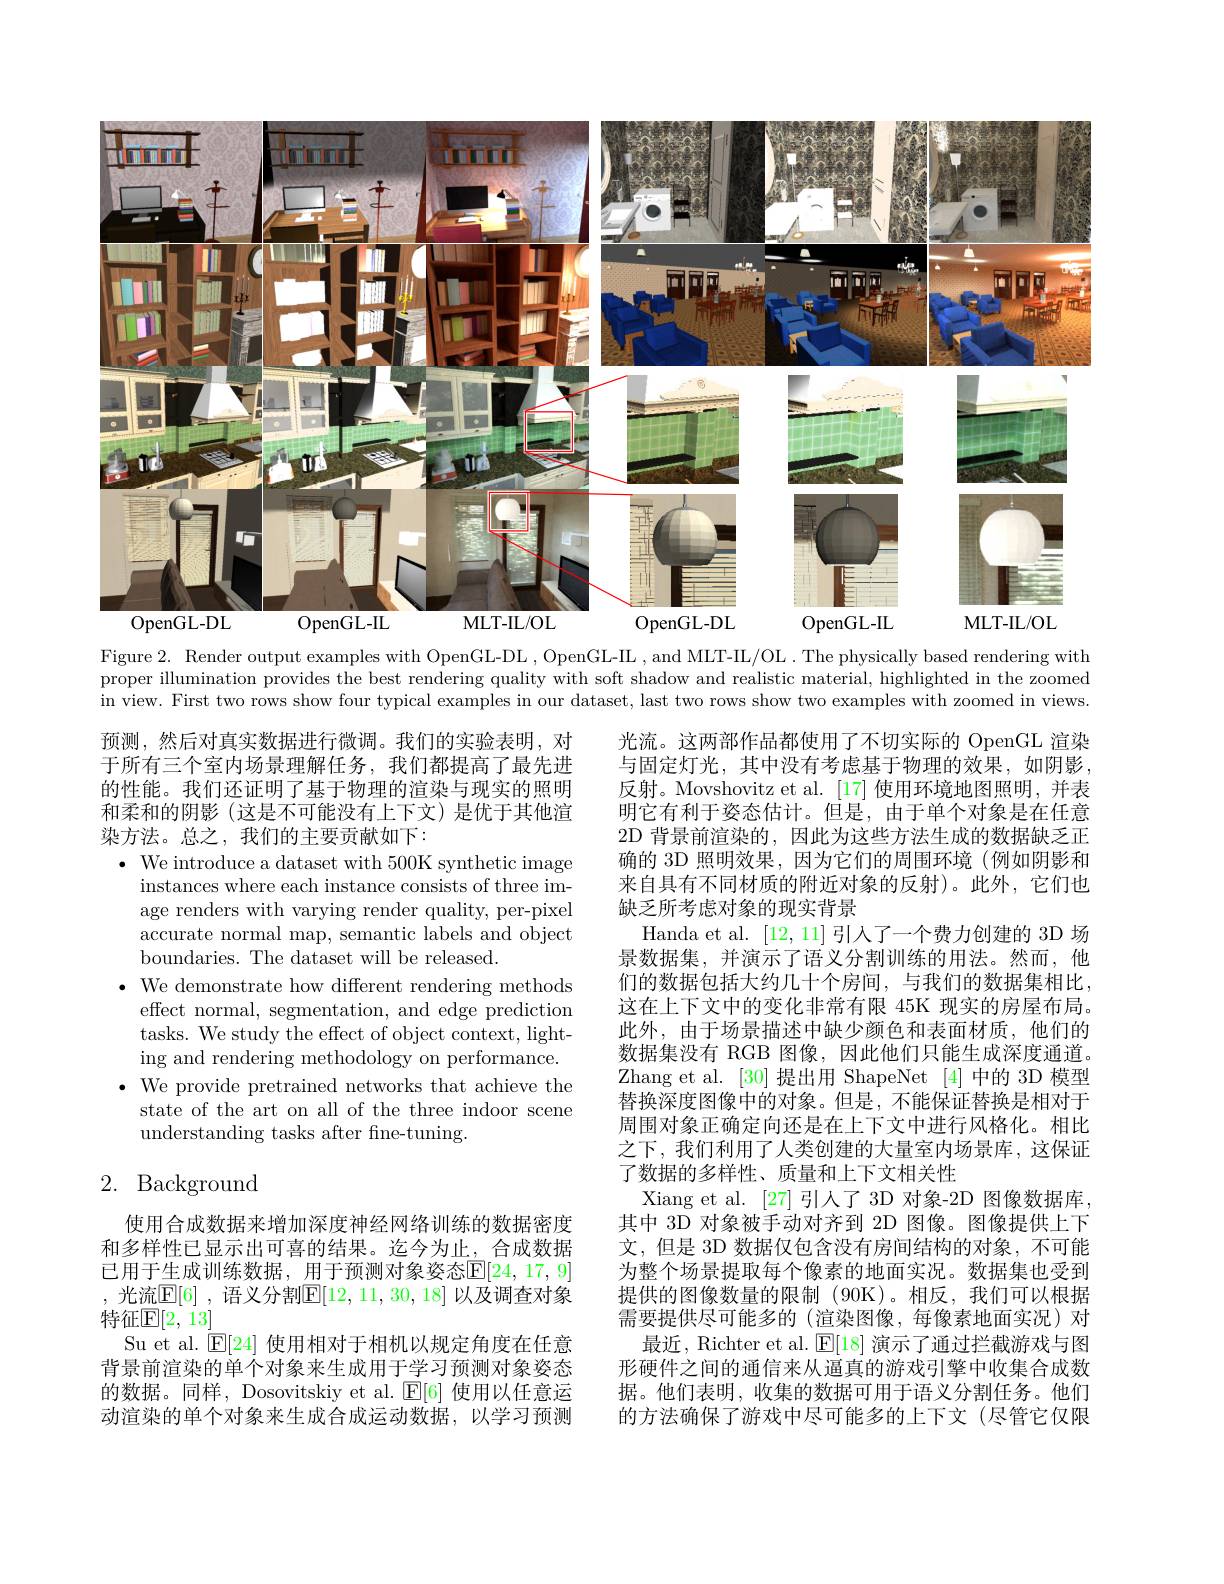
<FigureHere>

Figure 2. Render output examples with OpenGL-DL , OpenGL-IL , and MLT-IL/OL . The physically based rendering with proper illumination provides the best rendering quality with soft shadow and realistic material, highlighted in the zoomed in view. First two rows show four typical examples in our dataset, last two rows show two examples with zoomed in views.

预测，然后对真实数据进行微调。我们的实验表明，对于所有三个室内场景理解任务，我们都提高了最先进的性能。我们还证明了基于物理的渲染与现实的照明和柔和的阴影(这是不可能没有上下文)是优于其他渲染方法。总之，我们的主要贡献如下：
$\bullet$ We introduce a dataset with 500K synthetic image
instances where each instance consists of three image renders with varying render quality, per-pixel accurate normal map, semantic labels and object boundaries. The dataset will be released.
$\bullet$ We demonstrate how different rendering methods
effect normal, segmentation, and edge prediction tasks. We study the effect of object context, lighting and rendering methodology on performance.
$\bullet$ We provide pretrained networks that achieve the state of the art on all of the three indoor scene understanding tasks after fine-tuning.

光流。这两部作品都使用了不切实际的 OpenGL 渲染与固定灯光，其中没有考虑基于物理的效果，如阴影反射。Movshovitz et al.[17] 使用环境地图照明，并表明它有利于姿态估计。但是，由于单个对象是在任意2D 背景前渲染的，因此为这些方法生成的数据缺乏正确的 3D 照明效果，因为它们的周围环境(例如阴影和来自具有不同材质的附近对象的反射)。此外，它们也缺乏所考虑对象的现实背景
Handa et al. [12,11]引入了一个费力创建的 3D 场景数据集，并演示了语义分割训练的用法。然而，他们的数据包括大约几十个房间，与我们的数据集相比， 这在上下文中的变化非常有限 45K 现实的房屋布局。此外，由于场景描述中缺少颜色和表面材质，他们的数据集没有 RGB 图像，因此他们只能生成深度通道。Zhang et al. [30] 提出用 ShapeNet [4] 中的 3D 模型替换深度图像中的对象。但是，不能保证替换是相对于周围对象正确定向还是在上下文中进行风格化。相比之下，我们利用了人类创建的大量室内场景库，这保证了数据的多样性、质量和上下文相关性
Xiang et al. [27] 引人了 3D 对象-2D 图像数据库其中 3D 对象被手动对齐到 2D 图像。图像提供上下文，但是 3D 数据仅包含没有房间结构的对象，不可能为整个场景提取每个像素的地面实况。数据集也受到提供的图像数量的限制 (90K)。相反，我们可以根据需要提供尽可能多的 (渲染图像，每像素地面实况)对
最近，Richter et al. $\operatorname{E}[18]$演示了通过拦截游戏与图形硬件之间的通信来从逼真的游戏引擎中收集合成数据。他们表明，收集的数据可用于语义分割任务。他们的方法确保了游戏中尽可能多的上下文(尽管它仅限

## 2. Background

使用合成数据来增加深度神经网络训练的数据密度和多样性已显示出可喜的结果。迄今为止，合成数据已用于生成训练数据，用于预测对象姿态$\mathbb{E}[24,17,9]$ ,光流$\mathbb{E} [ 6]$ , 语义分割$\mathbb{E}[12,11,30,18]$ 以及调查对象特征$\mathbb{E}[2,13]$
Su et al. $\operatorname{[E[24]}$使用相对于相机以规定角度在任意背景前渲染的单个对象来生成用于学习预测对象姿态的数据。同样，Dosovitskiy et al. $\mathbb{E}[6]$使用以任意运动渲染的单个对象来生成合成运动数据，以学习预测